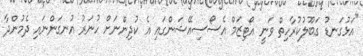
"އަޅުގަނޑު ގަބޫލުކުރާހިތް ވަނީ އޯޓިޒަމް އެސޯސިއޭޝަންގައި އެ ކުދިންނަށް ހުނަރު އުނގަންނައި ދެމުންދާ